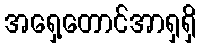
အရှေ့တောင်အာရှရှိ